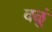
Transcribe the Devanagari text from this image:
वळूं